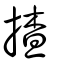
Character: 揸